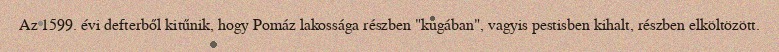
Az 1599. évi defterből kitűnik, hogy Pomáz lakossága részben "kugában", vagyis pestisben kihalt, részben elköltözött.